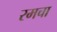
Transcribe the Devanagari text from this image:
रमचा